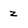
Character: z